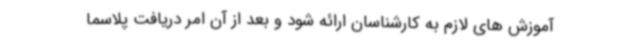
آموزش های لازم به کارشناسان ارائه شود و بعد از آن امر دریافت پلاسما